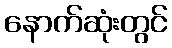
နောက်ဆုံးတွင်